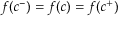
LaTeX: f ( c ^ { - } ) = f ( c ) = f ( c ^ { + } )